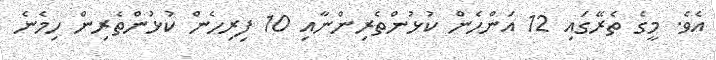
އެވެ. މީގެ ތެރޭގައި 12 އަންހެން ކުޅުންތެރިންނާއި 10 ފިރިހެން ކުޅުންތެރިން ހިމެނެ